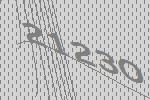
21230